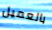
بالعميل